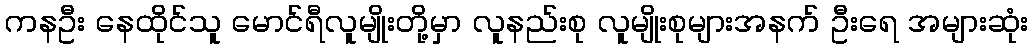
ကနဦး နေထိုင်သူ မောင်ရီလူမျိုးတို့မှာ လူနည်းစု လူမျိုးစုများအနက် ဦးရေ အများဆုံး